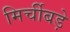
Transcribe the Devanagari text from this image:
मिर्चीबड़े